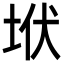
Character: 垘